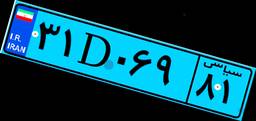
۳۱D۰۶۹۸۱